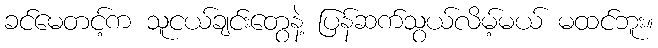
ခင်မေတင့်က သူငယ်ချင်းတွေနဲ့ ပြန်ဆက်သွယ်လိမ့်မယ် မထင်ဘူး။